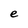
Character: e